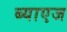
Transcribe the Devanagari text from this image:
ब्याएज